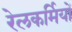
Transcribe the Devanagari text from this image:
रेलकर्मियों